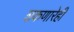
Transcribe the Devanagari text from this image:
शकणारेही